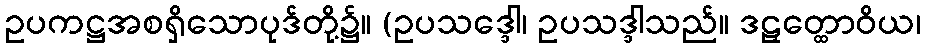
ဥပကဋ္ဌအစရှိသောပုဒ်တို့၌။ (ဥပသဒ္ဒေါ၊ ဥပသဒ္ဒါသည်။ ဒဠှတ္ထောဝိယ၊